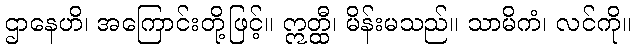
ဌာနေဟိ၊ အကြောင်းတို့ဖြင့်။ ဣတ္ထီ၊ မိန်းမသည်။ သာမိကံ၊ လင်ကို။